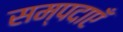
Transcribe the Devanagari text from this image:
सम्पदाएँ